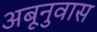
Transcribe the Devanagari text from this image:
अबूनुवास